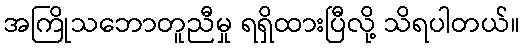
အကြိုသဘောတူညီမှု ရရှိထားပြီလို့ သိရပါတယ်။